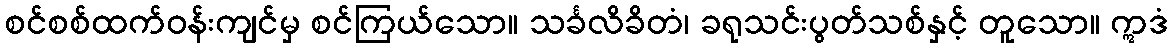
စင်စစ်ထက်ဝန်းကျင်မှ စင်ကြယ်သော။ သင်္ခလိခိတံ၊ ခရုသင်းပွတ်သစ်နှင့် တူသော။ ဣဒံ